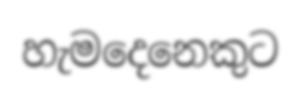
හැමදෙනෙකුට